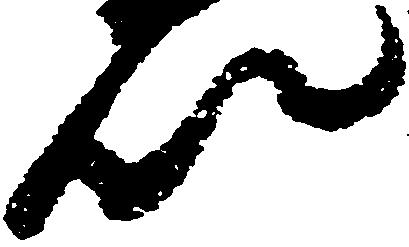
以